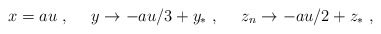
\begin{align*}x = au \ , \ \ \ \ y \rightarrow -au/3 +y_* \ , \ \ \ \ z_n \rightarrow -au/2 + z_*\ ,\end{align*}